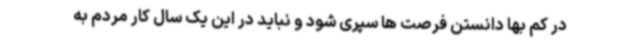
در کم بها دانستن فرصت ها سپری شود و نباید در این یک سال کار مردم به